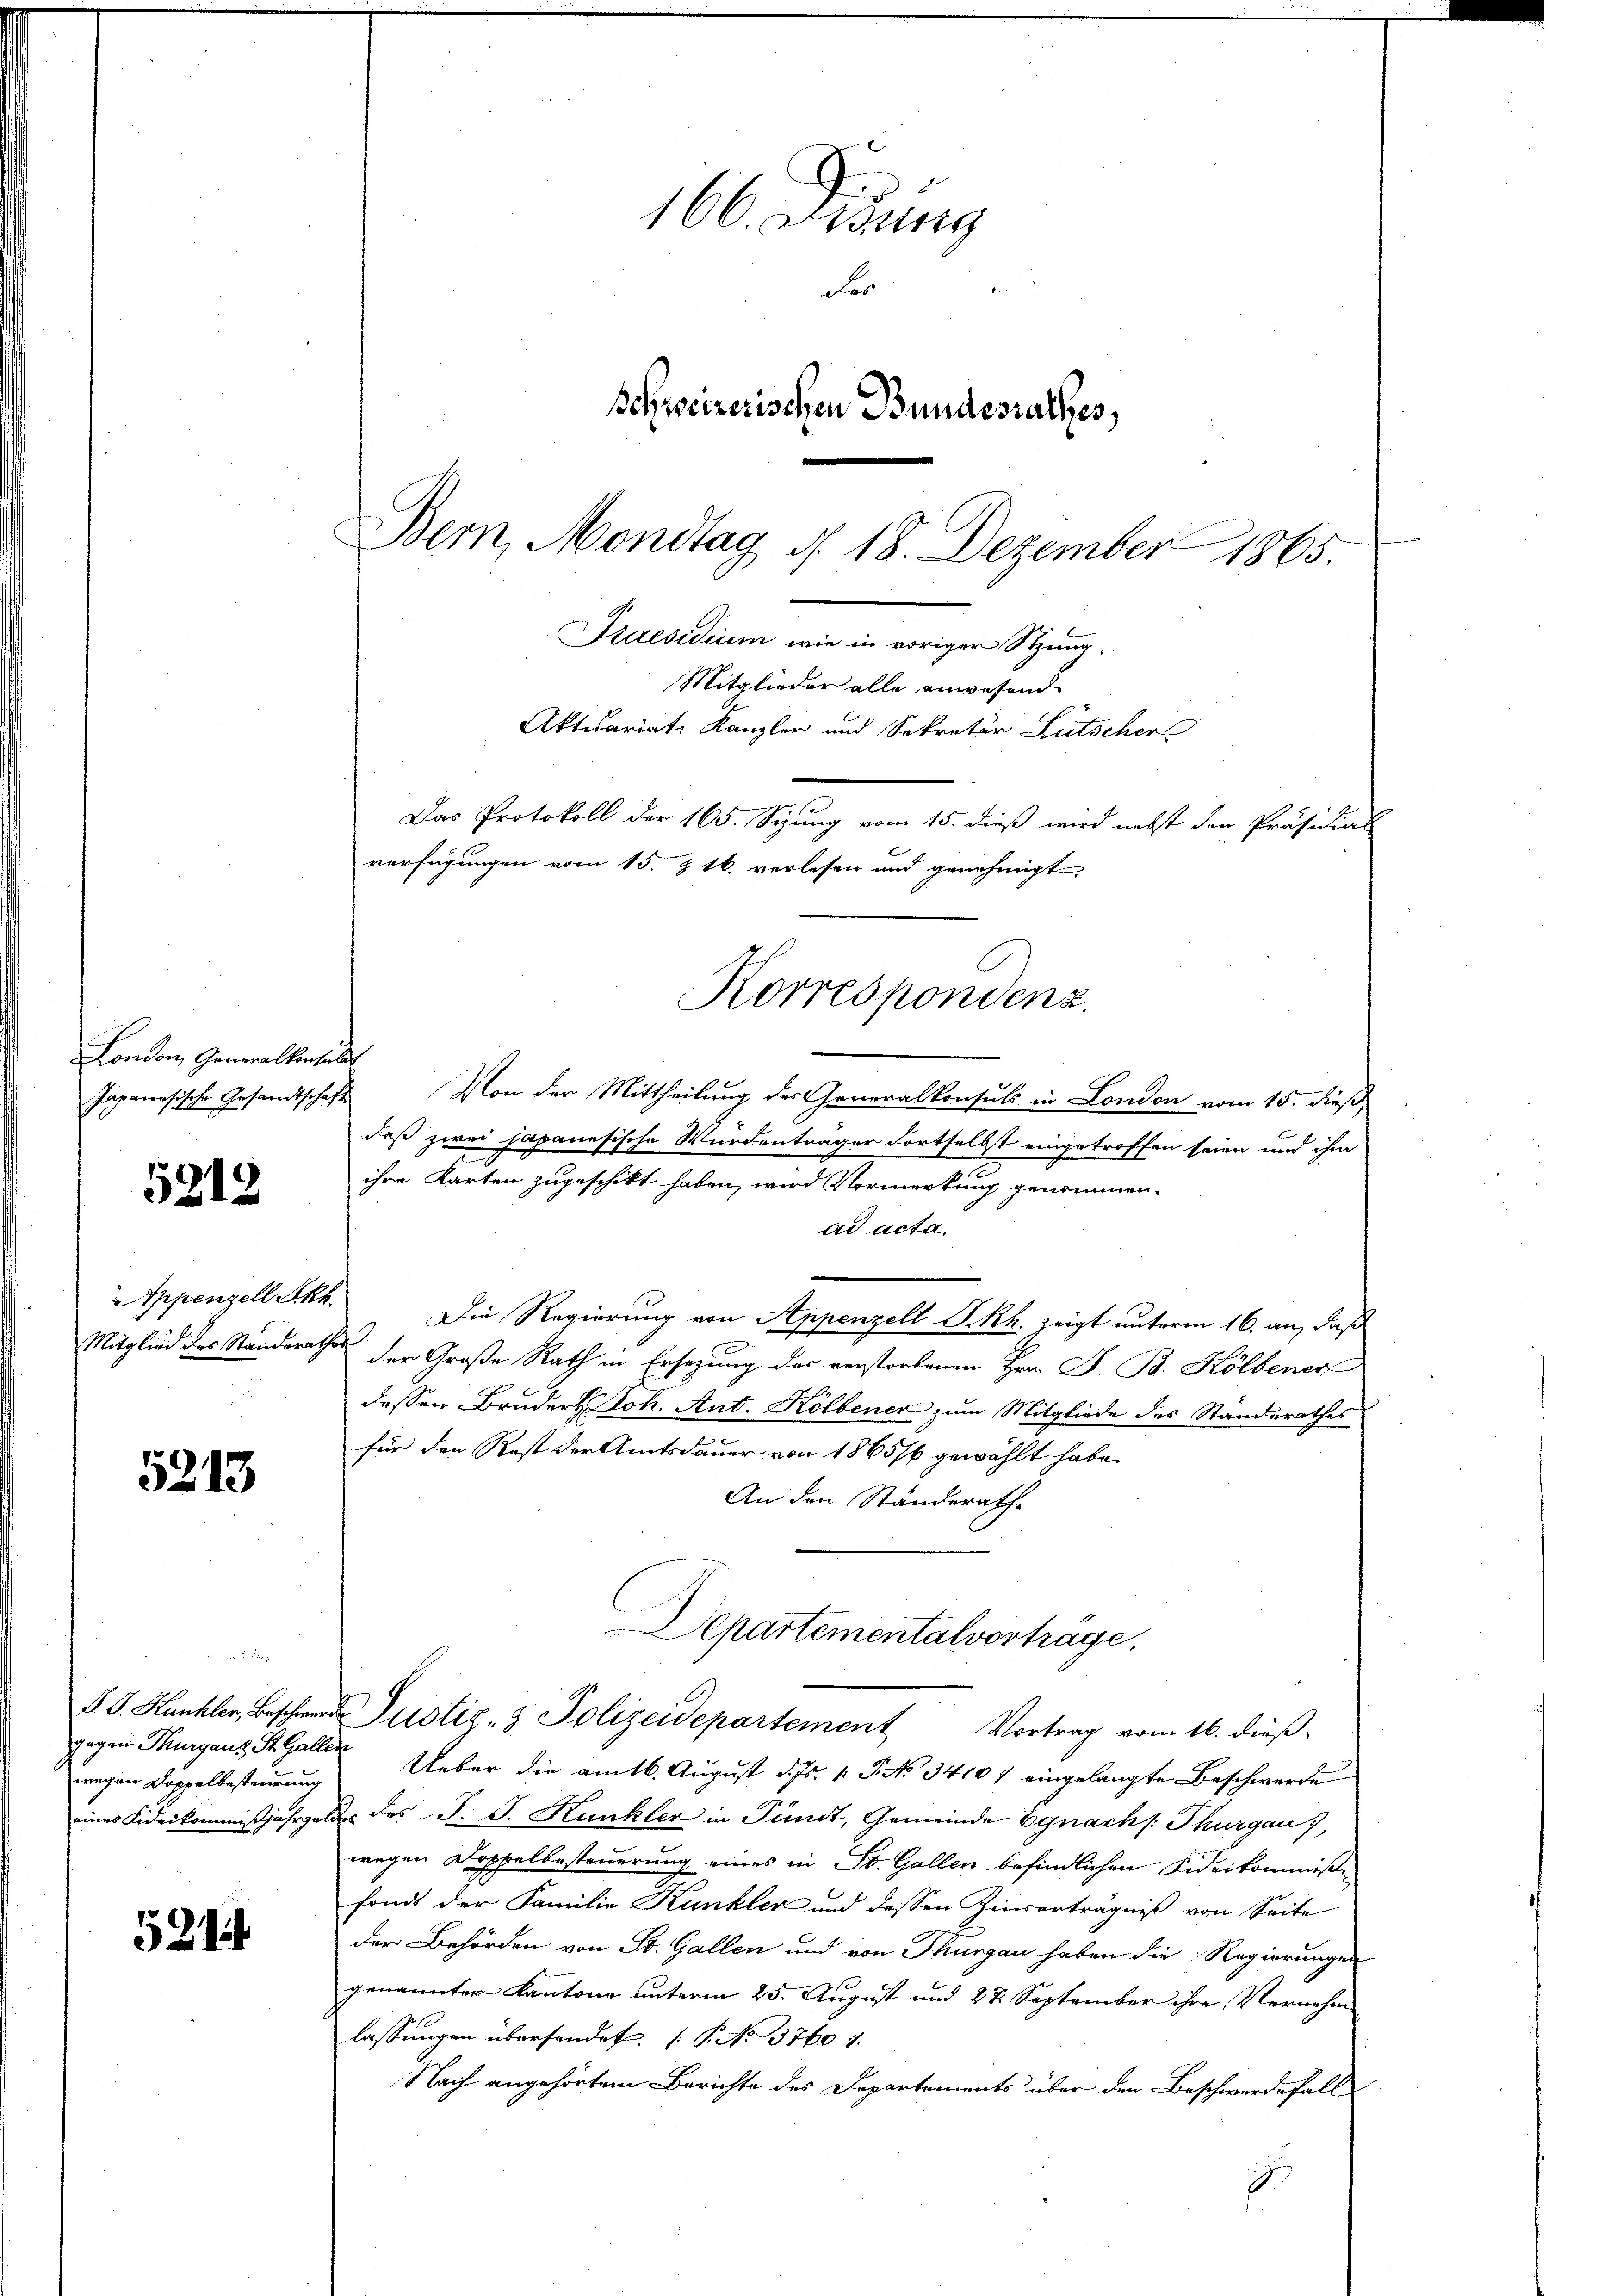
London, Generalkonsulat
Japanesische Gesandtschaft

5212

Mitglied des Standerathes

5213

er Herrn Pro
wegen Doppelbesteurung

521

160. Sedung
der
Schweizerischen Bundesrathes,
Bern, Mondtag d. 18. Dezember 1865.

Von der Mittheilung des Generalkonsuls in London vom 15. dieß
daß zwei japanesische Würdenträger Fortselbst eingetroffen seien und ihm
ihre Karten zugeschickt haben, wird Vormerkung genommen.
ad acta
Appenzell Pkt. Die Regierung von Appenzell Skh. zeigt unterm 16. an, daß
der Große Rath in Ersezung des verstorbenen Hrn. F. B. Kölbener
dessen Bruders Joh. Ant. Kölbener zum Mitgliede des Standerathes
für den Rest der Amtsdauer von 1865/6 gewählt habe.
An den Ständerath
Departementalvertrage.
S. S. Kunkler, Beschwer Justiz- & Polizeidepartement Vortrag vom 16. dieß.
gegen Thurgaus, St. Galler Ueber die am 16. August d. Js. 1 S. 34107 eingelangte Beschwerden
eines Fideikommißjahrgeldes des J. J. Kunkler in Pundt, Gemeinde Egnach s. Thurgau),
wegen Doppelbesteuerung eines in St. Gallen befindlichen Fideikommis-
fond der Familie Kunkler und dessen Zinserträgniß von Seite
der Behörden von St. Gallen und von Thurgau haben die Regierungen
genannter Kantone unterm 25. August und 27. September ihre Vernehm
lassungen übersendet. (T. No. 3760 f.
Nach angehörtem Berichte des Departements über den Beschwerdefall
E

Praesidium wie in voriger Stung¬
Mitglieder alle anwesend.
Aktuariat Kanzler und Sekretär Lütscher
Das Protokoll der 165. Sizung vom 15. dieß wird nebst den Präsidial
verfügungen vom 15. & 16. verlesen und genehmigt
Korrespondenz.